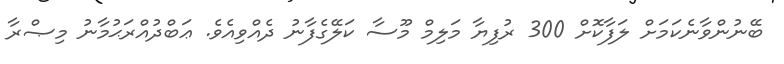
ބޭނުންވާނެކަމަށް ލަފާކޮށް 300 ރުފިޔާ މަލިމް މޫސާ ކަލޭގެފާނު ދެއްވިއެވެ. ޢަބްދުއްރަޙުމާނު މިޞްރާ